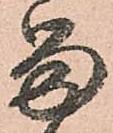
留